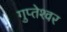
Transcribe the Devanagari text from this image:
गुप्‍तेश्‍वर